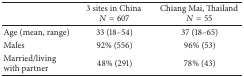
<table><thead><tr><td><b> </b></td><td><b>3 sites in China <i>N</i> = 607</b></td><td><b>Chiang Mai, Thailand <i>N</i> = 55</b></td></tr></thead><tbody><tr><td>Age (mean, range)</td><td>33 (18–54)</td><td>37 (18–65)</td></tr><tr><td>Males</td><td>92% (556)</td><td>96% (53)</td></tr><tr><td>Married/living with partner</td><td>48% (291)</td><td>78% (43)</td></tr></tbody></table>